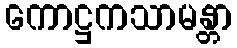
ကောဋ္ဌကသာမန္တာ